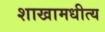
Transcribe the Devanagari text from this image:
शाखामधीत्य